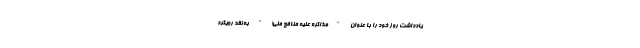
یادداشت روز خود را با عنوان "مذاکره علیه منافع ملی!" به نقد رویکرد